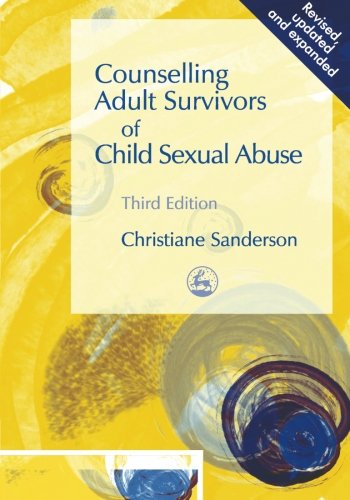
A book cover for Counselling Adult Survivors of Child Sexual Abuse; Christiane Sanderson; Politics & Social Sciences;